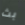
بث